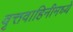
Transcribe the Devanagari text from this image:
वृत्तवाहिनीमध्ये